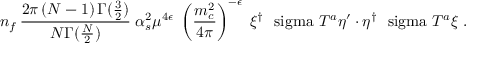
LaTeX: n _ { f } \, { \frac { 2 \pi \, ( N - 1 ) \, \Gamma ( { \frac { 3 } { 2 } } ) } { N \Gamma ( { \frac { N } { 2 } } ) } } \; \alpha _ { s } ^ { 2 } \mu ^ { 4 \epsilon } \; \left( { \frac { m _ { c } ^ { 2 } } { 4 \pi } } \right) ^ { - \epsilon } \; \xi ^ { \dagger } \mathrm { \boldmath ~ \ s i g m a ~ } T ^ { a } \eta ^ { \prime } \cdot \eta ^ { \dagger } \mathrm { \boldmath ~ \ s i g m a ~ } T ^ { a } \xi \; .